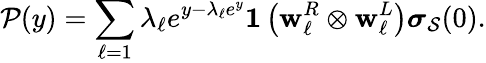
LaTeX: \mathcal{P}(y)=\sum_{\ell=1}\lambda_{\ell}e^{y-\lambda_{\ell}e^{y}}{\mathbf 1}\left({\mathbf w}_{\ell}^{R}\otimes{\mathbf w}_{\ell}^{L}\right){\boldsymbol{\sigma}}_{\mathcal{S}}(0).